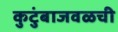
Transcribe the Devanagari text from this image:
कुटुंबाजवळची